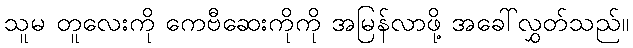
သူမ တူလေးကို ကေဗီဆေးကိုကို အမြန်လာဖို့ အခေါ်လွှတ်သည်။